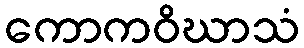
ကောကဝိဃာသံ